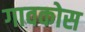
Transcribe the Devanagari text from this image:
गावकोस